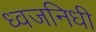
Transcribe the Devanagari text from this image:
ध्वजनिधी